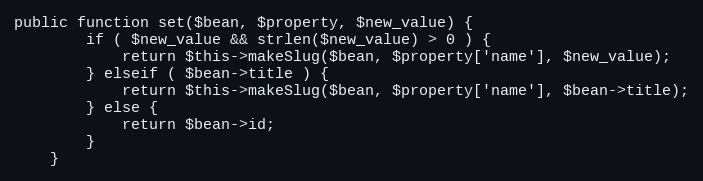
Language: PHP
public function set($bean, $property, $new_value) {
		if ( $new_value && strlen($new_value) > 0 ) {
			return $this->makeSlug($bean, $property['name'], $new_value);
		} elseif ( $bean->title ) {
			return $this->makeSlug($bean, $property['name'], $bean->title);
		} else {
			return $bean->id;
		}
	}